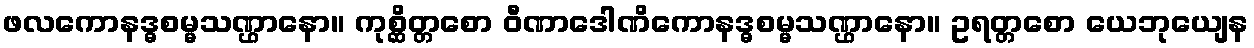
ဖလကောနဒ္ဓစမ္မသဏ္ဌာနော။ ကုစ္ဆိတ္တစော ဝီဏာဒေါဏိကောနဒ္ဓစမ္မသဏ္ဌာနော။ ဥရတ္တစော ယေဘုယျေန